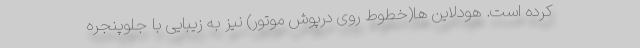
کرده است. هودلاین ها(خطوط روی درپوش موتور) نیز به زیبایی با جلوپنجره